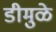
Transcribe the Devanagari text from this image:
डीमुळे